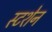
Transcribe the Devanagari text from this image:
स्टशेन